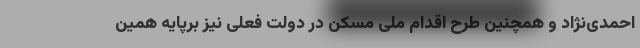
احمدی‌نژاد و همچنین طرح اقدام ملی مسکن در دولت فعلی نیز برپایه همین